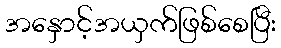
အနှောင့်အယှက်ဖြစ်စေပြီး